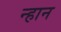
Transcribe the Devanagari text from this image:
न्हान